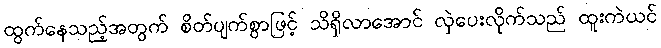
ထွက်နေသည့်အတွက် စိတ်ပျက်စွာဖြင့် သိရှိလာအောင် လှဲပေးလိုက်သည် ထူးကဲယင်